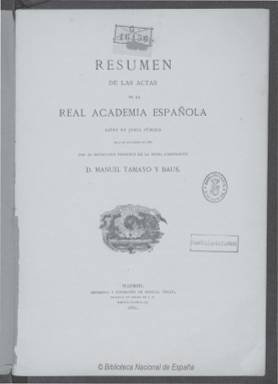
Título: Resumen de las actas de la Real Academia Española
Colección: Anuarios e informes
Ámbito geográfico: Madrid
Lugar de publicación: Madrid
Fechas: 01/01/1881-31/12/1881

El secretario de la Real Academia Española (RAE), el dramaturgo Manuel Tamayo y Baus (1829-1898), es el autor de este resumen que había leído en la Junta Pública celebrada por la corporación el cuatro de diciembre de 1881, en el que ofrece unos retazos biográficos de cuatro académicos fallecidos: Patricio de la Escosura (1807-1878), Alejandro Oliván (1796-1878) , Adelardo López de Ayala (1828-1879) y Juan Eugenio Hartzenbusch (1806-1880), y asimismo, da información de la recepción de los nuevos académicos y correspondientes españoles y extranjeros electos; o de las innovaciones introducidas en las dos impresiones de la Gramática, la publicación del Compendio, el Epítome y el Prontuario de Ortografía o la admisión de palabras y acepciones nuevas en el Diccionario, así como la organización de certámenes en conmemoración de Calderón de la Barca, entre otros asuntos que recogen las Actas de la Academia. En los dos siguientes tercios de este impreso, de un centenar de páginas, se ofrece la relación de libros, manuscritos y objetos de arte adquiridos por la RAE, por donativo, compra o suscripción, desde el uno de julio de 1876 a 30 de noviembre de 1881, firmado por su bibliotecario, el historiador y arqueólogo Aureliano Fernández-Guerra y Orbe (1816-1894). Con toda probabilidad, desde que la Academia publicara su última memoria bajo el título Resumen de las tareas y actos… en 1875 (que forma parte también de esta colección de la Hemeroteca Digital), no había publicado esta de 1881.